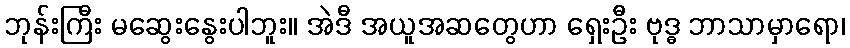
ဘုန်းကြီး မဆွေးနွေးပါဘူး။ အဲဒီ အယူအဆတွေဟာ ရှေးဦး ဗုဒ္ဓ ဘာသာမှာရော၊